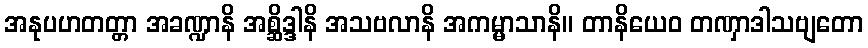
အနုပဟတတ္တာ အခဏ္ဍာနိ အစ္ဆိဒ္ဒါနိ အသဗလာနိ အကမ္မာသာနိ။ တာနိယေဝ တဏှာဒါသဗျတော